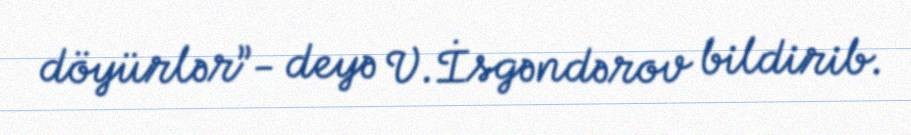
döyürlər”- deyə V.İsgəndərov bildirib.